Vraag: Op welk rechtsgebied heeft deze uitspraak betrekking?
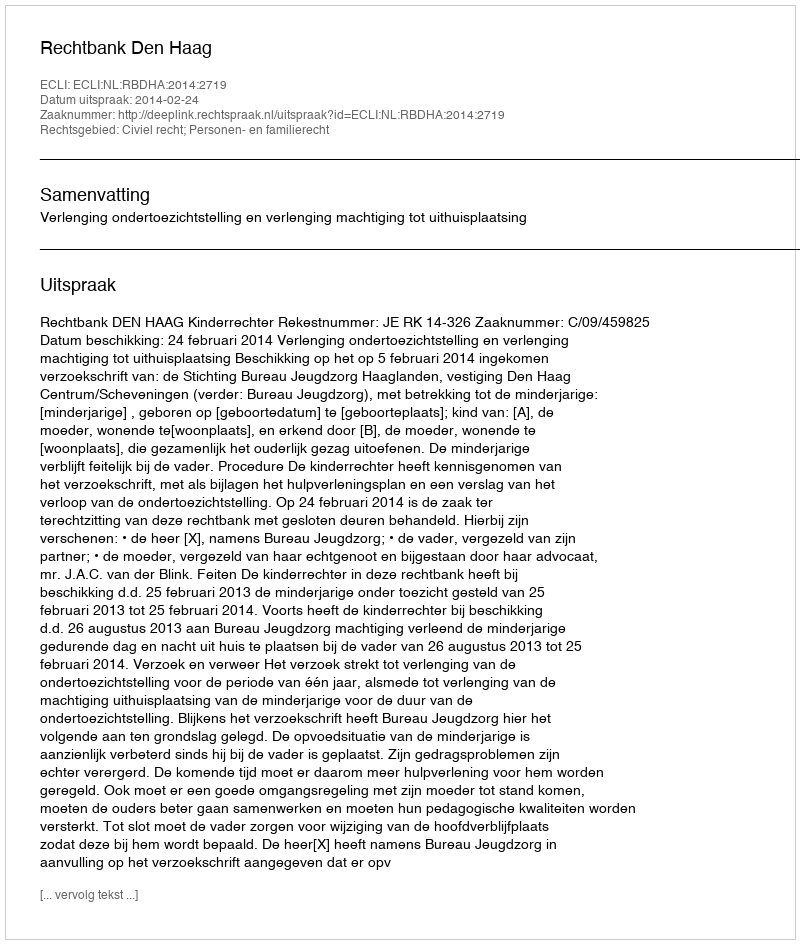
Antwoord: Civiel recht; Personen- en familierecht